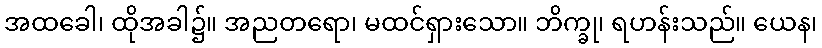
အထခေါ၊ ထိုအခါ၌။ အညတရော၊ မထင်ရှားသော။ ဘိက္ခု၊ ရဟန်းသည်။ ယေန၊